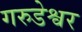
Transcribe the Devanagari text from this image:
गरुडेश्वर